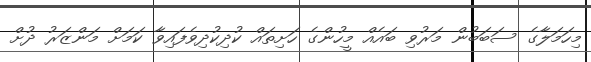
މިހަމަލާގެ ސަބަބުން މަރުވި ބައެއް މީހުންގެ ހަށިތައް ކުދިކުދިވެފައިވާ ކަމަށް މަންޒަރު ދުށް